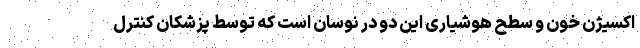
اکسیژن خون و سطح هوشیاری این دو در نوسان است که توسط پزشکان کنترل